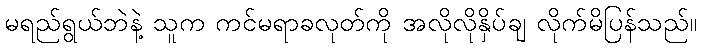
မရည်ရွယ်ဘဲနဲ့ သူက ကင်မရာခလုတ်ကို အလိုလိုနှိပ်ချ လိုက်မိပြန်သည်။